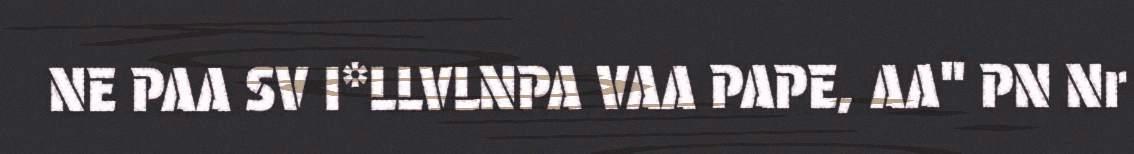
NE PAA SV I*LLVLNPA VAA PAPE, AA" PN Nr